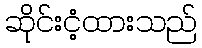
ဆိုင်းငံ့ထားသည်